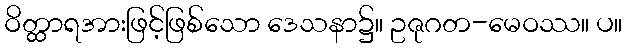
ဝိတ္ထာရအားဖြင့်ဖြစ်သော ဒေသနာ၌။ ဥဇုဂတ-မေဝဿ။ ပ။